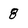
Character: 8